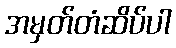
အမှတ်တံဆိပ်ပါ